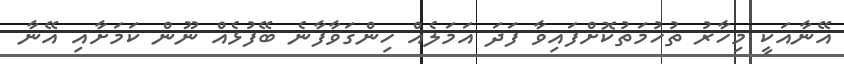
އޭނާއަކީ މިހާރު ތުހުމަތުކޮށްފައިވާ ފަދަ އަމަލެއް ހިންގަވާފާނެ ބޭފުޅެއް ނޫން ކަމަށާއި އޭނާ